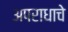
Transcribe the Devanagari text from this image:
अपराधाचे